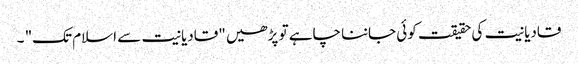
قادیانیت کی حقیقت کوئی جاننا چاہے تو پڑھیں "قادیانیت سے اسلام تک" ۔